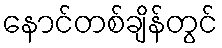
နောင်တစ်ချိန်တွင်